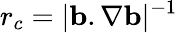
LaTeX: r_{c}=|\mathbf{b}.\nabla\mathbf{b}|^{-1}